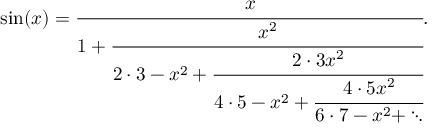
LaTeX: \sin ( x ) = { \cfrac { x } { 1 + { \cfrac { x ^ { 2 } } { 2 \cdot 3 - x ^ { 2 } + { \cfrac { 2 \cdot 3 x ^ { 2 } } { 4 \cdot 5 - x ^ { 2 } + { \cfrac { 4 \cdot 5 x ^ { 2 } } { 6 \cdot 7 - x ^ { 2 } + \ddots } } } } } } } } .